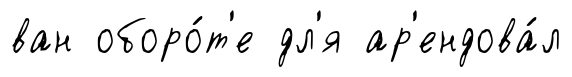
ван оборо́т'е дл'я ар'ендова́л